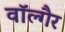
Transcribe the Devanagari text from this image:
वॉल्गैर